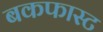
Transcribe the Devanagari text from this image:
बकफास्ट